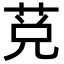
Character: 莌